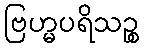
ဗြဟ္မပရိသဉ္စ